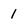
Character: 1